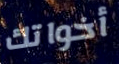
أخواتك